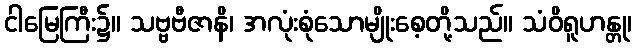
ငါမြေကြီး၌။ သဗ္ဗဗီဇာနိ၊ အလုံးစုံသောမျိုးစေ့တို့သည်။ သံဝိရူဟန္တု၊